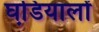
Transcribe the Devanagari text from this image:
घडि़यालों